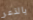
بالذعر